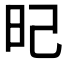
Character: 𣅗